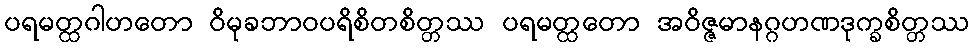
ပရမတ္ထဂါဟတော ဝိမုခဘာဝပရိစိတစိတ္တဿ ပရမတ္ထတော အဝိဇ္ဇမာနဂ္ဂဟဏဒုက္ခစိတ္တဿ